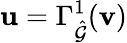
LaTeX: \mathbf{u}=\Gamma_{\hat{\mathcal{G}}}^{1}(\mathbf{v})